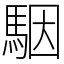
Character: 駰